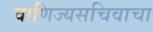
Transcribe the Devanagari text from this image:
वाणिज्यसचिवाचा